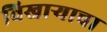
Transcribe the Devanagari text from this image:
विखाऱ्याचा